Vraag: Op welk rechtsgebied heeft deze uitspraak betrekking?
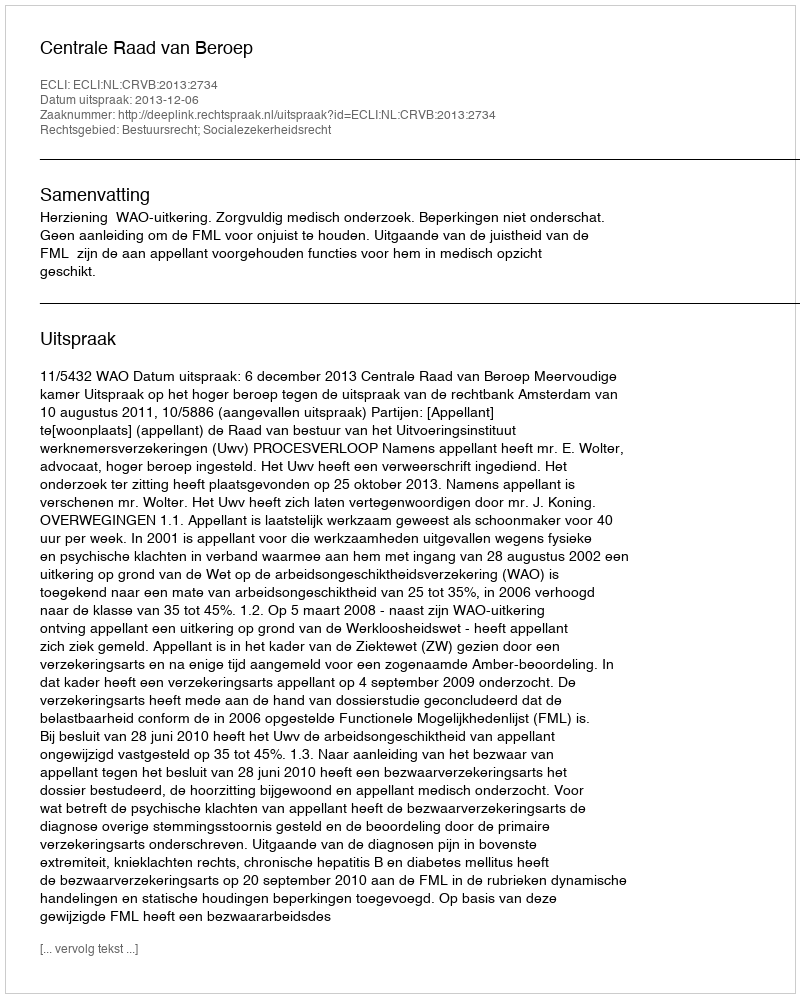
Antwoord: Bestuursrecht; Socialezekerheidsrecht